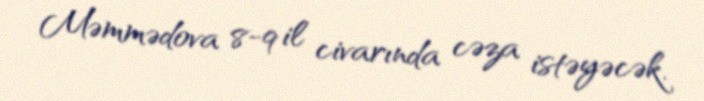
Məmmədova 8-9 il civarında cəza istəyəcək.